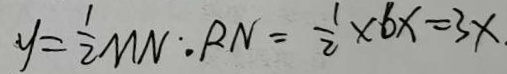
y = \frac { 1 } { 2 } M N \cdot R N = \frac { 1 } { 2 } \times 6 x = 3 x .